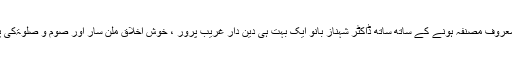
ایک اچھی ٹیچر با صلاحیت منظم اور معروف مصنفہ ہونے کے ساتھ ساتھ ڈاکٹر شہناز بانو ایک بہت ہی دین دار غریب پرور ، خوش اخلاق ملن سار اور صوم و صلوۃکی پابند نیک اور ہر دل عزیز خاتون تھیں ۔